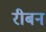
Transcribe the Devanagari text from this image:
रीबन